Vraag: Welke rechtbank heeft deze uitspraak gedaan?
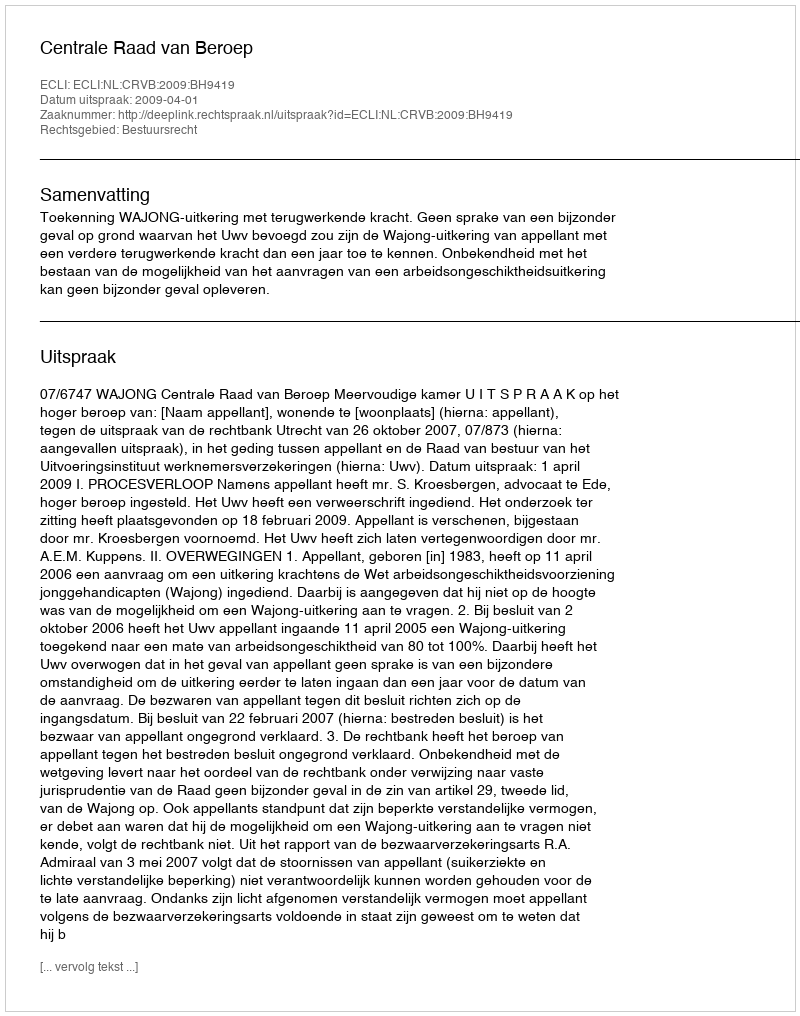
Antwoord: Centrale Raad van Beroep